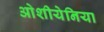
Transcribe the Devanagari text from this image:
ओशीयेनिया